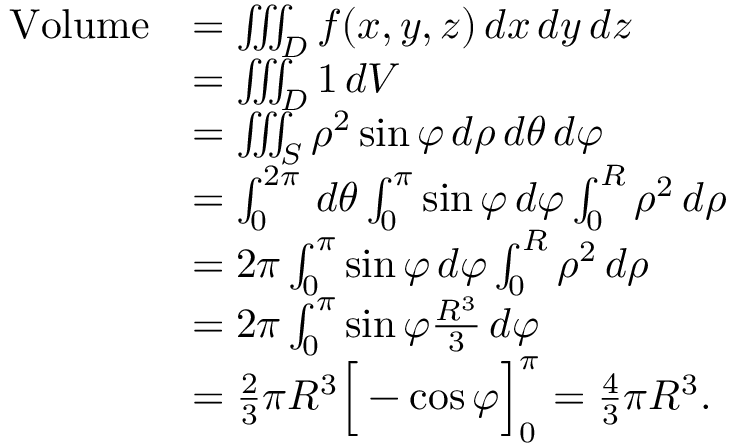
{ \begin{array} { r l } { { \mathrm { V o l u m e } } } & { = \iiint _ { D } f ( x , y , z ) \, d x \, d y \, d z } \\ & { = \iiint _ { D } 1 \, d V } \\ & { = \iiint _ { S } \rho ^ { 2 } \sin \varphi \, d \rho \, d \theta \, d \varphi } \\ & { = \int _ { 0 } ^ { 2 \pi } \, d \theta \int _ { 0 } ^ { \pi } \sin \varphi \, d \varphi \int _ { 0 } ^ { R } \rho ^ { 2 } \, d \rho } \\ & { = 2 \pi \int _ { 0 } ^ { \pi } \sin \varphi \, d \varphi \int _ { 0 } ^ { R } \rho ^ { 2 } \, d \rho } \\ & { = 2 \pi \int _ { 0 } ^ { \pi } \sin \varphi { \frac { R ^ { 3 } } { 3 } } \, d \varphi } \\ & { = { \frac { 2 } { 3 } } \pi R ^ { 3 } { \Big [ } - \cos \varphi { \Big ] } _ { 0 } ^ { \pi } = { \frac { 4 } { 3 } } \pi R ^ { 3 } . } \end{array} }